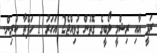
ރަވީ އާއި ރިޝްމީ ލޯބީގެ ގޮތުން ގުޅިއްޖެ2 އަހަރު 1 ހަފްތާ ކުރިން.